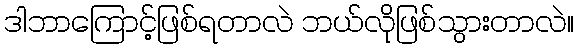
ဒါဘာကြောင့်ဖြစ်ရတာလဲ ဘယ်လိုဖြစ်သွားတာလဲ။